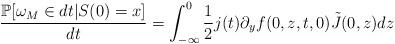
LaTeX: \begin{align*}\frac{\mathbb{P}[\omega_M \in dt \vert S(0)=x]}{dt}=\int_{-\infty}^{0} \frac{1}{2}j(t)\partial_y f(0,z,t,0)\tilde{J}(0,z)dz\end{align*}